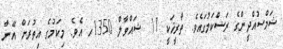
ޝަމްސުއްދީންގެ ރަސްކަމުގައެވެ. ތާރީޚަކީ 11 ޝައްވާލް 1350ހ އެވެ. މިކަމުގެ އިތުރަށް އޭނާ